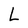
Character: L